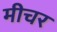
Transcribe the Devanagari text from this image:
मीचर